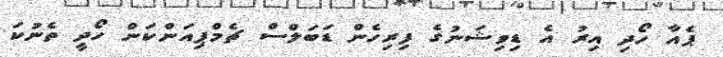
ޕެއާ ހޯދި އިރު އެ ޑިވިޝަނުގެ ފިރިހެން ޑަބަލްސް ޗެމްޕިއަންކަން ހޯދީ ތެނުކަ